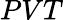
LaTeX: PVT